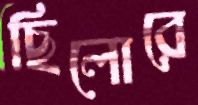
ছিলোরে